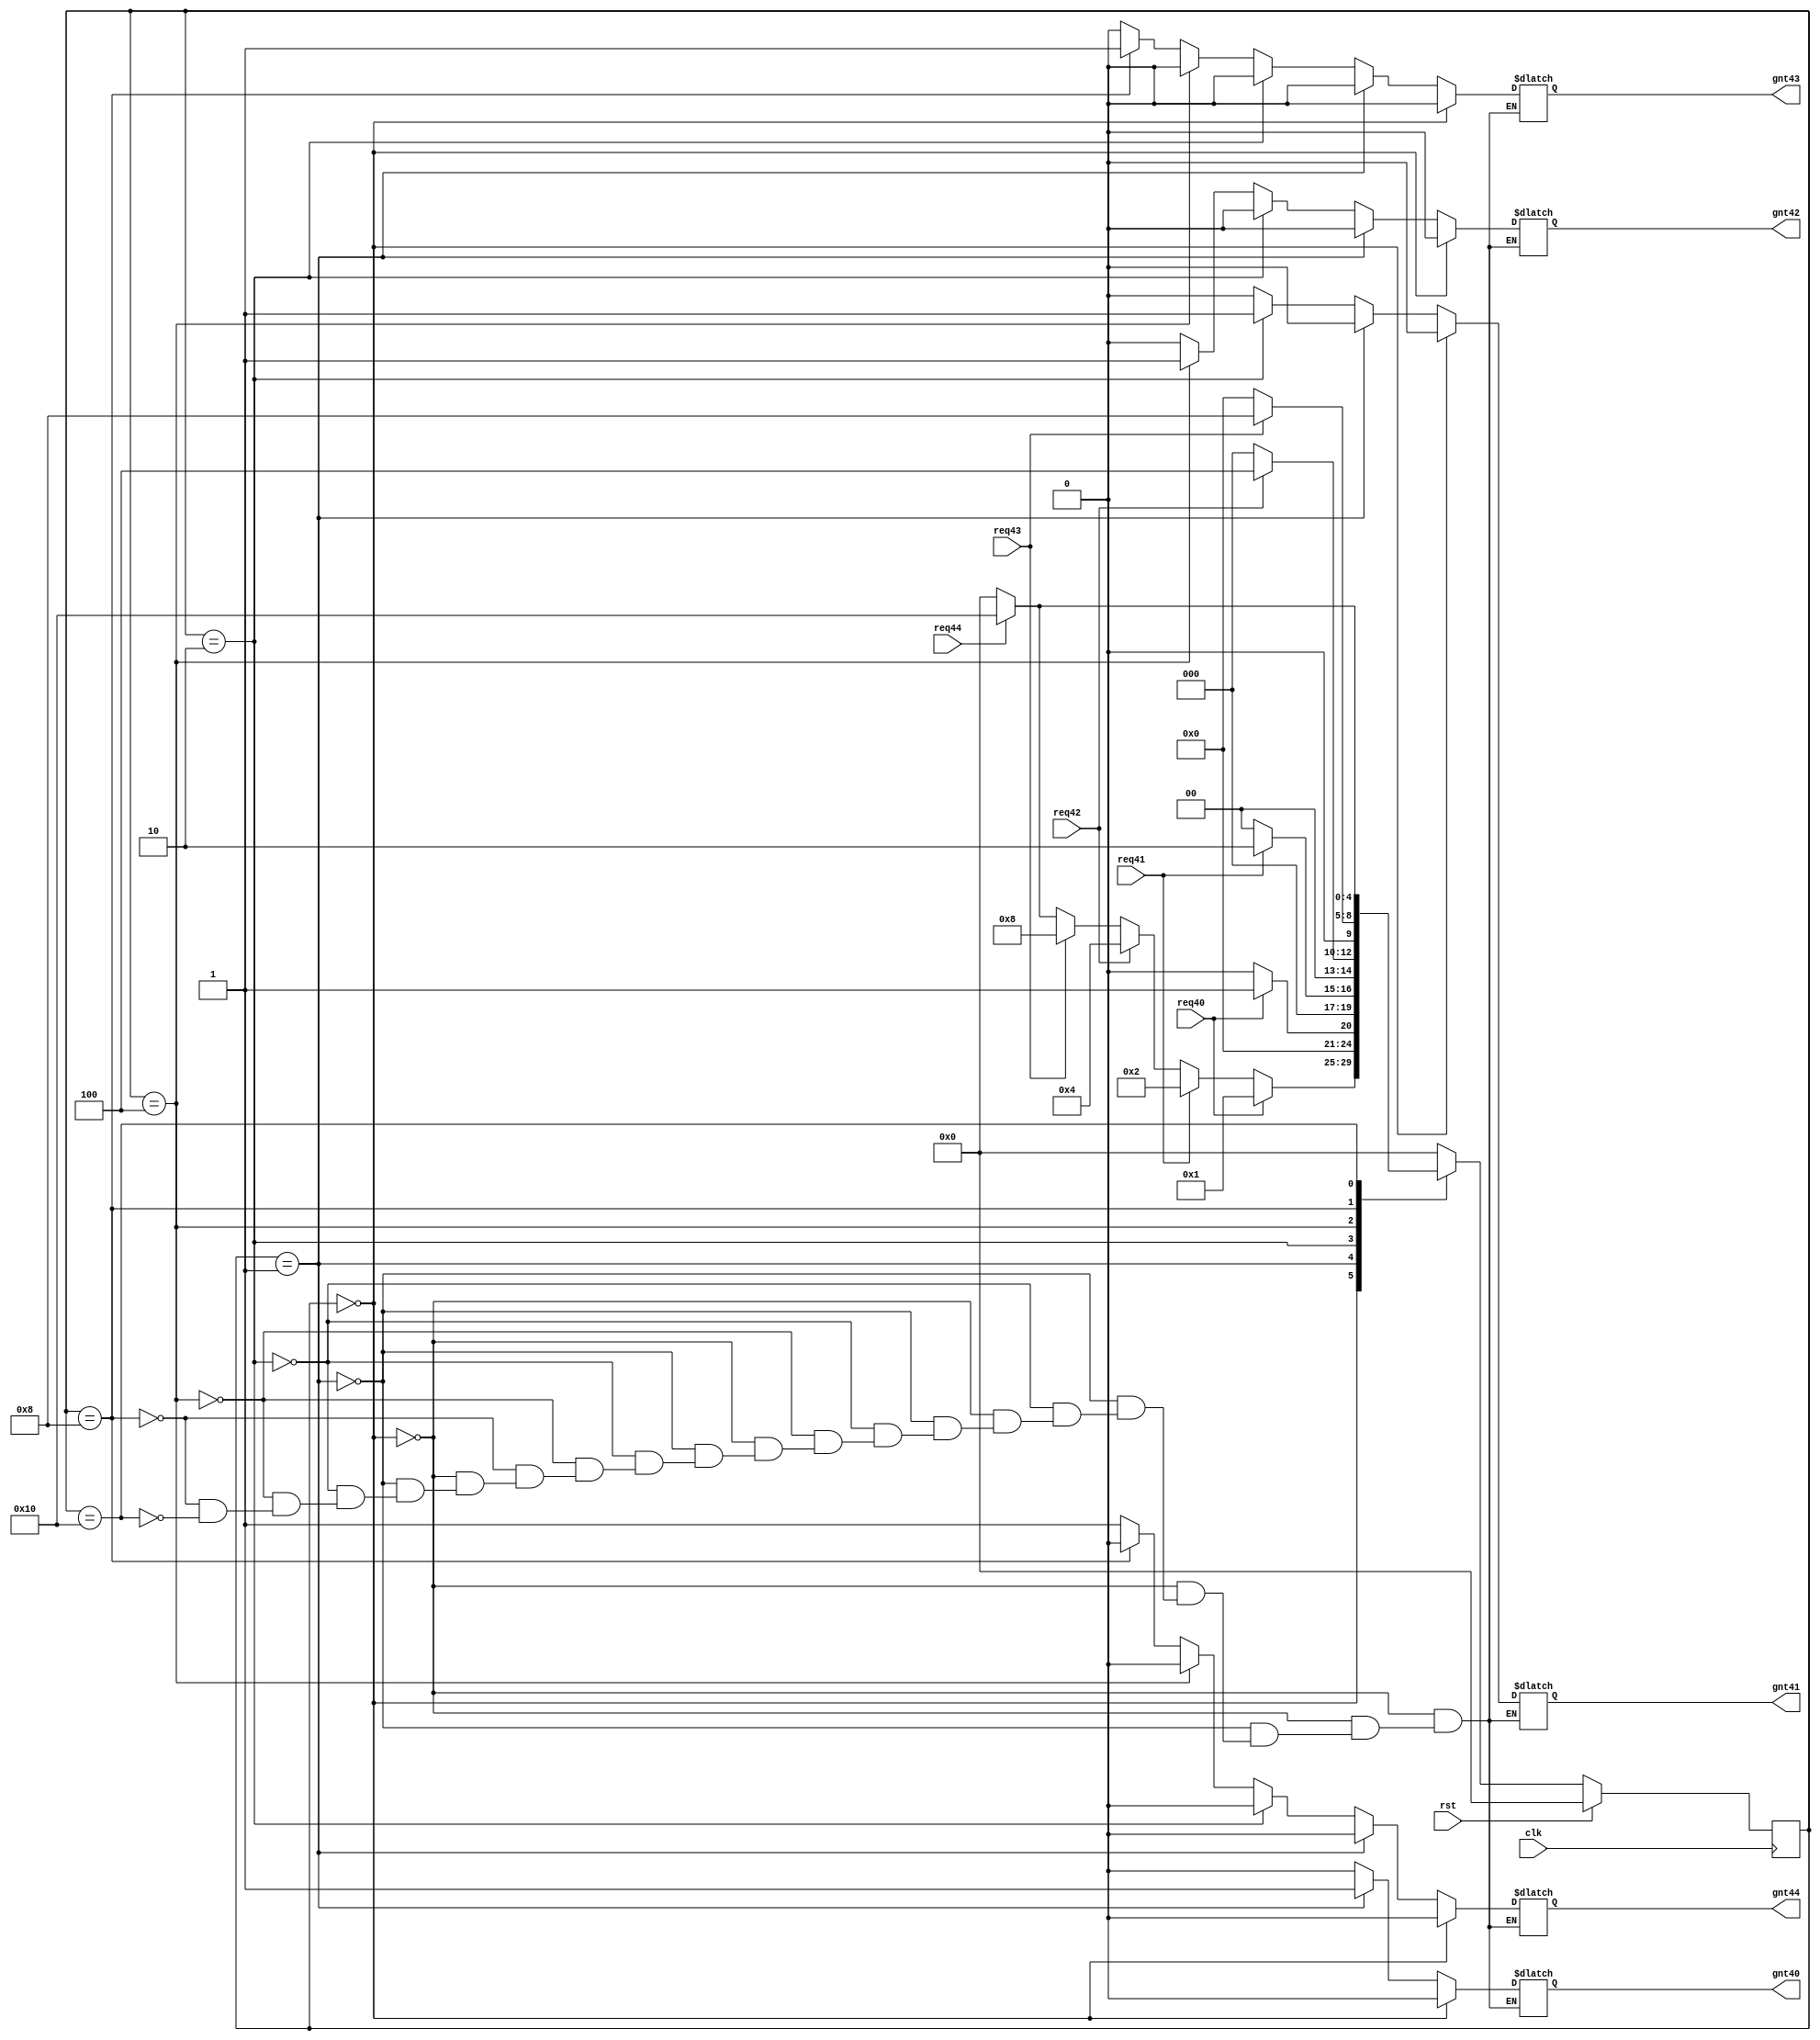
`timescale 1ns / 1ps
//////////////////////////////////////////////////////////////////////////////////
// Company: 
// Engineer: 
// 
// Design Name: 
// Module Name:    arbiter4 
// Project Name: 
// Target Devices: 
// Tool versions: 
// Description: 
//
// Dependencies: 
//
// Revision: 
// Revision 0.01 - File Created
// Additional Comments: 
//
//////////////////////////////////////////////////////////////////////////////////
module arbiterR34(gnt44,gnt43,gnt42,gnt41,gnt40,req44,req43,req42,req41,req40,clk,rst);

   output reg gnt44,gnt43,gnt42,gnt41,gnt40;
   input      req44,req43,req42,req41,req40;
   input      clk,rst;

   parameter idle=5'b00000;
   parameter GNT4=5'b10000;
	parameter GNT3=5'b01000;
   parameter GNT2=5'b00100;
   parameter GNT1=5'b00010;
   parameter GNT0=5'b00001;
	
	

   reg [4:0]  state,next_state;

   always @ (posedge clk)
     begin
    if(rst)
      state=idle;
    else
      state=next_state;
     end

   always @ (state,req44,req43,req42,req41,req40)
     begin
    next_state=0;

    case (state)

      idle:begin

         if(req40)
           next_state=GNT0;
         else if(req41)
           next_state=GNT1;
         else if(req42)
           next_state=GNT2;
         else if(req43)
           next_state=GNT3;
			else if(req44)
           next_state=GNT4;
         else
           next_state=idle;
      end // case: idle

      GNT0:begin

         if(req40)
           next_state=GNT0;
         else
           next_state=idle;
      end

      GNT1:begin
         if(req41)
           next_state=GNT1;
         else
           next_state=idle;
      end

      GNT2:begin
         if(req42)
           next_state=GNT2;
         else
           next_state=idle;
      end

      GNT3:begin
         if(req43)
           next_state=GNT3;
         else
           next_state=idle;
      end
		
		 GNT4:begin
         if(req44)
           next_state=GNT4;
         else
           next_state=idle;
      end
		
    endcase // case (state)
     end // always @ (state,req3,req2,req1,req0)

always @ (state)
  begin
     if(state==idle)
       begin
		 gnt44=0;
      gnt43=0;
      gnt42=0;
      gnt41=0;
      gnt40=0;
       end
     else if(state==GNT0)
       begin
      gnt44=0;
		gnt43=0;
      gnt42=0;
      gnt41=0;
      gnt40=1;
       end
     else if(state==GNT1)
       begin
      gnt44=0;
		gnt43=0;
      gnt42=0;
      gnt41=1;
      gnt40=0;
       end
     else if(state==GNT2)
       begin
      gnt44=0;
		gnt43=0;
      gnt42=1;
      gnt41=0;
      gnt40=0;
       end
     else if(state==GNT3)
       begin
      gnt44=0;
		gnt43=1;
      gnt42=0;
      gnt41=0;
      gnt40=0;
     end
	  else if(state==GNT4)
       begin
      gnt44=1;
		gnt43=0;
      gnt42=0;
      gnt41=0;
      gnt40=0;
     end
	  
  end // always @ (state)



endmodule